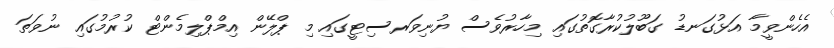
އެހެންވީމާ އަޅުގަނޑު ގަބޫލުކުރާގޮތުގައި މިހާރުވެސް ޔުނިވަރސިޓީގައި މި ޕްލޭން އިމްޕްލިމެންޓް ކުރުމުގައި ނުވަތަ